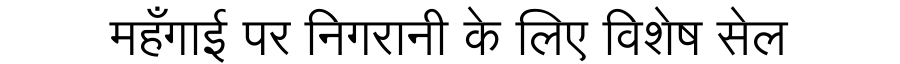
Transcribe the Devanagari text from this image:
महँगाई पर निगरानी के लिए विशेष सेल